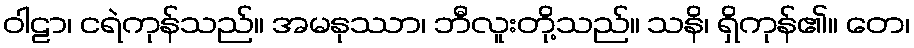
ဝါဠာ၊ ငရဲကုန်သည်။ အမနုဿာ၊ ဘီလူးတို့သည်။ သနိ၊ ရှိကုန်၏။ တေ၊